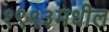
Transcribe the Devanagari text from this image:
१९९३मधील